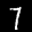
Label: 7